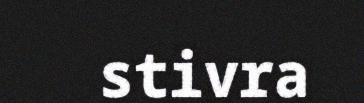
stivra